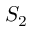
S _ { 2 }